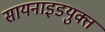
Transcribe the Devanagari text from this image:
सायनाइडयुक्त